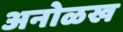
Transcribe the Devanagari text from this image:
अनोळख